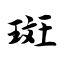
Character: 斑